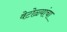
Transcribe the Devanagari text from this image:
वेटोळ्यांचा